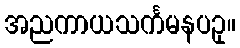
အညကာယသင်္ကမနပဥှ။